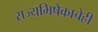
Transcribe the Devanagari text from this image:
राज्यभिषेकाचेही